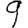
Digit: 9